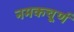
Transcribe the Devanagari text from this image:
नमकचूर्ण